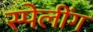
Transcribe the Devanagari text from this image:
स्पेलींग